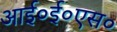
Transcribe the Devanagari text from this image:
आई०ई०एस०